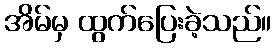
အိမ်မှ ထွက်ပြေးခဲ့သည်။